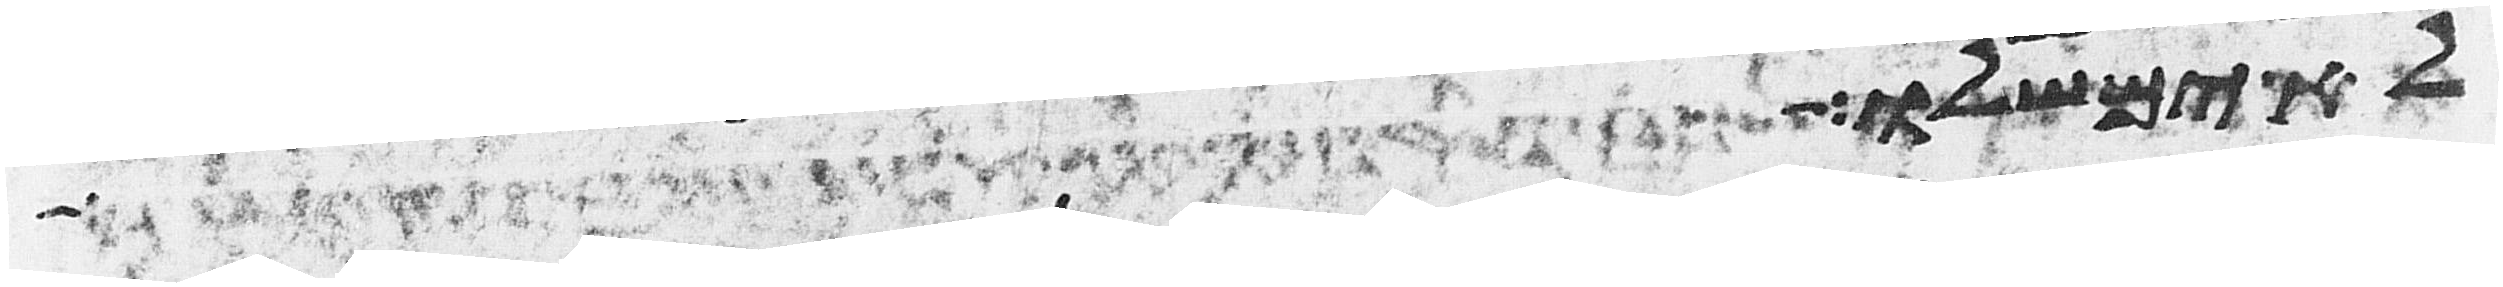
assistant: לא ימשלו כי יהיה בך אביון